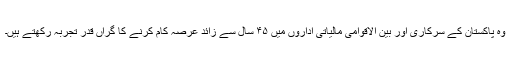
وہ پاکستان کے سرکاری اور بین الاقوامی مالیاتی اداروں میں ۴۵ سال سے زائد عرصہ کام کرنے کا گراں قدر تجربہ رکھتے ہیں۔